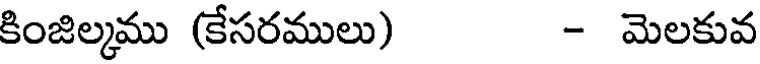
కింజిల్మము (కేసరములు) - మెలకువ